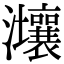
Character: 𤅑